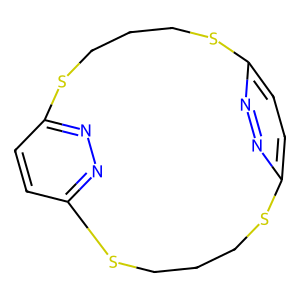
SMILES: c1cc2nnc1SCCCSc1ccc(nn1)SCCCS2
Inhibits HIV replication: No